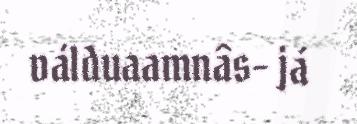
válduaamnâs- já